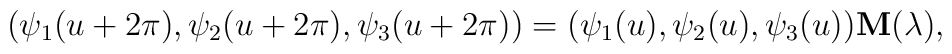
(\psi_1(u+2\pi),\psi_2(u+2\pi),\psi_3(u+2\pi))=(\psi_1(u),\psi_2(u),\psi_3(u)){\bf M}(\lambda),